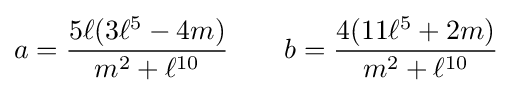
a={\frac {5\ell (3\ell ^{5}-4m)}{m^{2}+\ell ^{10}}}\qquad b={\frac {4(11\ell ^{5}+2m)}{m^{2}+\ell ^{10}}}